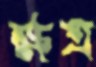
ক্ষত্র